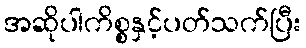
အဆိုပါကိစ္စနှင့်ပတ်သက်ပြီး